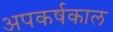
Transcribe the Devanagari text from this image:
अपकर्षकाल